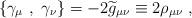
LaTeX: \begin{align*}\left\{\gamma_\mu~,~\gamma_\nu\right\}=-2{\widetilde g}_{\mu\nu}\equiv 2 \rho_{\mu\nu}~,\end{align*}